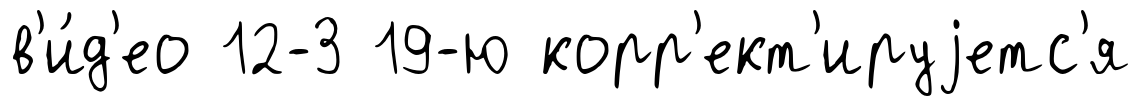
в'и́д'ео 12-3 19-ю корр'ект'ируjетс'я